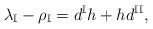
LaTeX: \begin{align*}\lambda_\mathbb{I}-\rho_{\mathbb{I}}=d^{\mathbb{I}} h+ h d^{\mathbb{II}}, \end{align*}